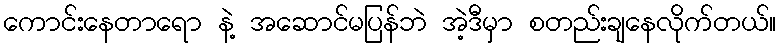
ကောင်းနေတာရော နဲ့ အဆောင်မပြန်ဘဲ အဲ့ဒီမှာ စတည်းချနေလိုက်တယ်။